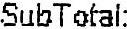
SUBTOTAL: